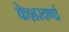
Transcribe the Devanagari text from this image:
केशरवर्णा